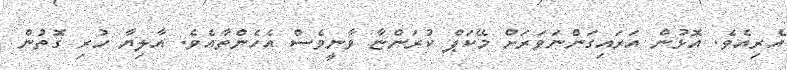
އެރިއެވެ. އޮޅުން އަރައިގަންނަވަރަށް މޭކަޕް ކުރަންޏާ ވާނީވެސް އެހެންތާއެވެ. އާލިޔާ ހުރި ގޮތުން